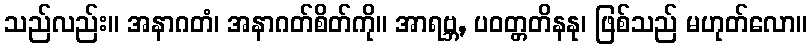
သည်လည်း။ အနာဂတံ၊ အနာဂတ်စိတ်ကို။ အာရဗ္ဘ, ပဝတ္တတိနနု၊ ဖြစ်သည် မဟုတ်လော။